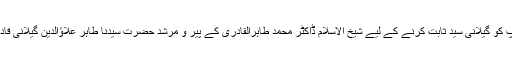
خاندان کے کچھ افراد نے ان کے خلاف عدالت میں کیس دائر کیا تو جوابا انہوں نے اپنے آپ کو گیلانی سید ثابت کرنے کے لیے شیخ الاسلام ڈاکٹر محمد طاہرالقادری کے پیر و مرشد حضرت سیدنا طاہر علاؤالدین گیلانی قادری بغدادی رحمۃاللہ علیہ کا شجرہ نسب پیش کیا، لیکن ان کی جعلسازی بروقت پکڑی گئی۔